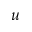
u